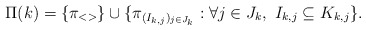
\begin{align*}\Pi(k) = \{\pi_{<>}\}\cup\{\pi_{(I_{k,j})_{j\in J_k}} : \forall j\in J_k,\ I_{k,j}\subseteq K_{k,j}\}.\end{align*}